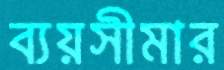
ব্যয়সীমার